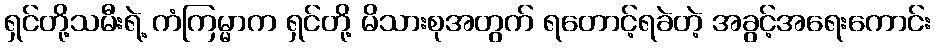
ရှင်တို့သမီးရဲ့ ကံကြမ္မာက ရှင်တို့ မိသားစုအတွက် ရတောင့်ရခဲတဲ့ အခွင့်အရေးကောင်း